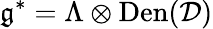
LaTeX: \mathfrak{g}^{*}=\Lambda\otimes\mathrm{Den}(\mathcal{D})